Vaccination in Bombay 1863-1868 - 1863-1868
Year: 1863
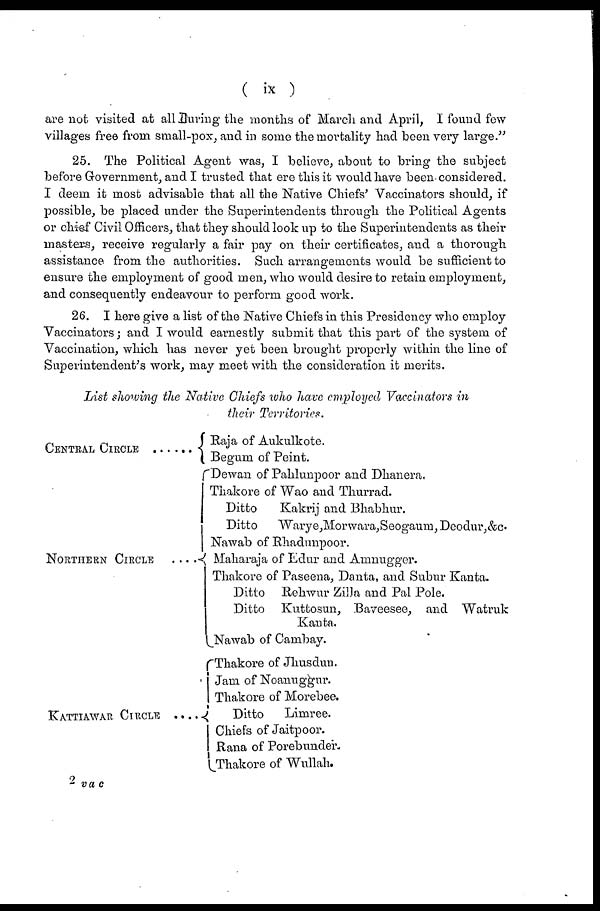
( ix )
are not visited at all During the months of March and April, I found few
villages free from small-pox, and in some the mortality had been very large."
25. The Political Agent was, I believe, about to bring the subject
before Government, and I trusted that ere this it would have been considered.
I deem it most advisable that all the Native Chiefs' Vaccinators should, if
possible, be placed under the Superintendents through the Political Agents
or chief Civil Officers, that they should look up to the Superintendents as their
masters, receive regularly a fair pay on their certificates, and a thorough
assistance from the authorities. Such arrangements would be sufficient to
ensure the employment of good men, who would desire to retain employment,
and consequently endeavour to perform good work.
26. I here give a list of the Native Chiefs in this Presidency who employ
Vaccinators; and I would earnestly submit that this part of the system of
Vaccination, which has never yet been brought properly within the line of
Superintendent's work, may meet with the consideration it merits.
List showing the Native Chiefs who have employed Vaccinators in
their Territories.
CIRCLE ......
NORTHERN CIRCLE
....
KATTIAWAR CIRCLE ....
Raja of Aukulkote.
Begum of Peint.
Dewan of Pahlunpoor and Dhanera.
Thakore of Wao and Thurrad.
Ditto
Kakrij and Bhabhur.
Ditto
Warye,Morwara,Seogaum, Deodur,&c.
Nawab of Rhadunpoor.
Maharaja of Edur and Amnugger.
Thakore of Paseena, Danta, and Subur Kanta.
Ditto Rehwur Zilla and Pal Pole.
Ditto Kuttosun, Baveesee, and Watruk
Kanta.
Nawab of Cambay.
Thakore of Jhusdun.
Jam of Noanuggur.
Thakore of Morebee.
Ditto
Limree.
Chiefs of Jaitpoor.
Rana of Porebunder.
Thakore of Wullah.
2 vac